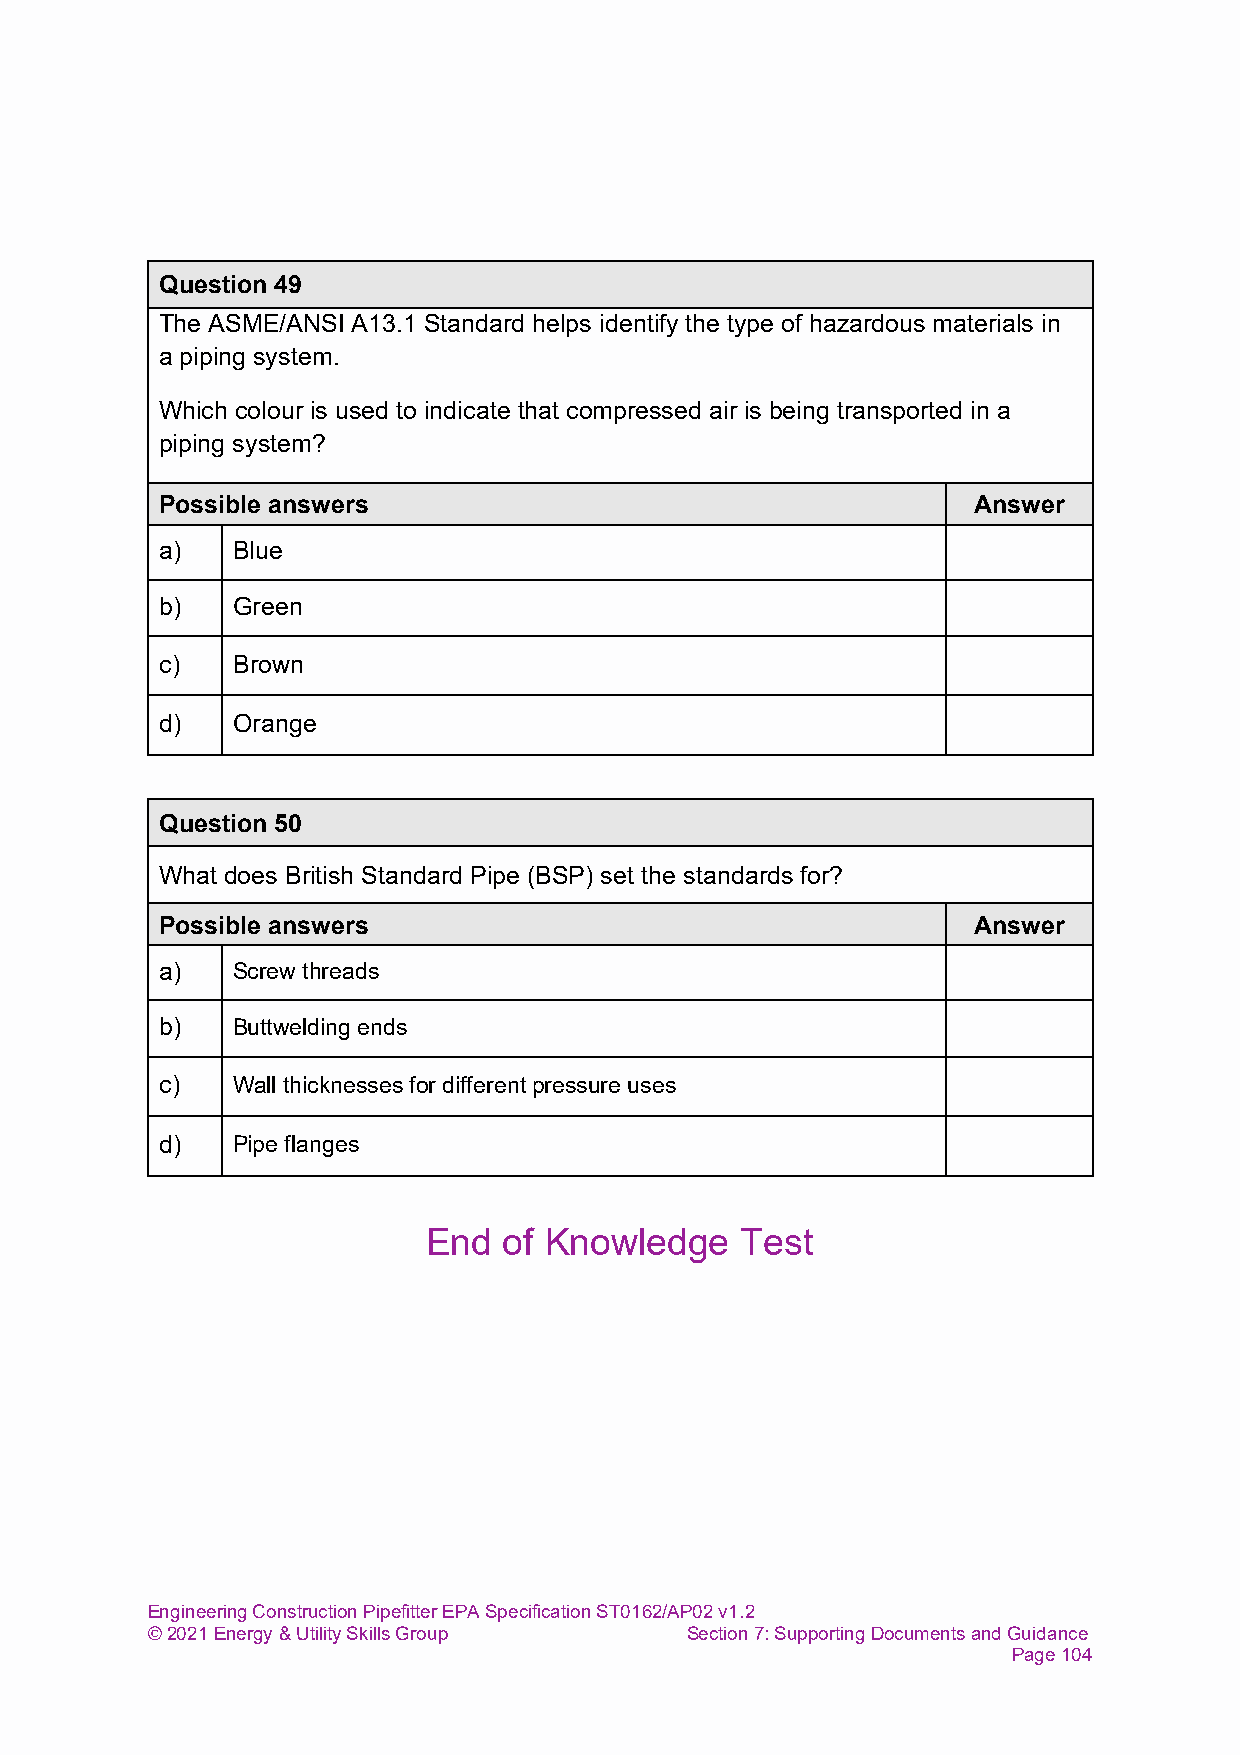
Question 49
 The ASME/ANSI A13.1 Standard helps identify the type of hazardous materials in
 a piping system.
 Which colour is used to indicate that compressed air is being transported in a
 piping system?
 Possible answers                                     Answer
 a)  Blue
 b)  Green
 c)  Brown
 d)  Orange
 Question 50
 What does British Standard Pipe (BSP) set the standards for?
 Possible answers                                     Answer
 a)  Screw threads
 b)  Buttwelding ends
 c)  Wall thicknesses for different pressure uses
 d)  Pipe flanges
 End  of Knowledge    Test
 Engineering Construction Pipefitter EPA Specification ST0162/AP02 v1.2
 © 2021 Energy & Utility Skills Group Section 7: Supporting Documents and Guidance
 Page 104